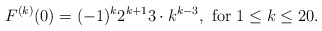
\begin{align*}F^{(k)}(0)=(-1)^k 2^{k+1}3\cdot k^{k-3},\ \mbox{for}\ 1\leq k\leq 20.\end{align*}